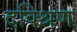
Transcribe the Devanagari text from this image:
दक्श्निण